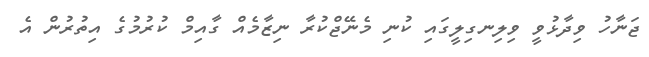
ޖަނާހު ވިދާޅުވީ ވިލިނގިލީގައި ކުނި މެނޭޖްކުރާ ނިޒާމެއް ގާއިމް ކުރުމުގެ އިތުރުން އެ